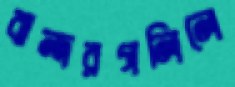
বান্দরগলিলে